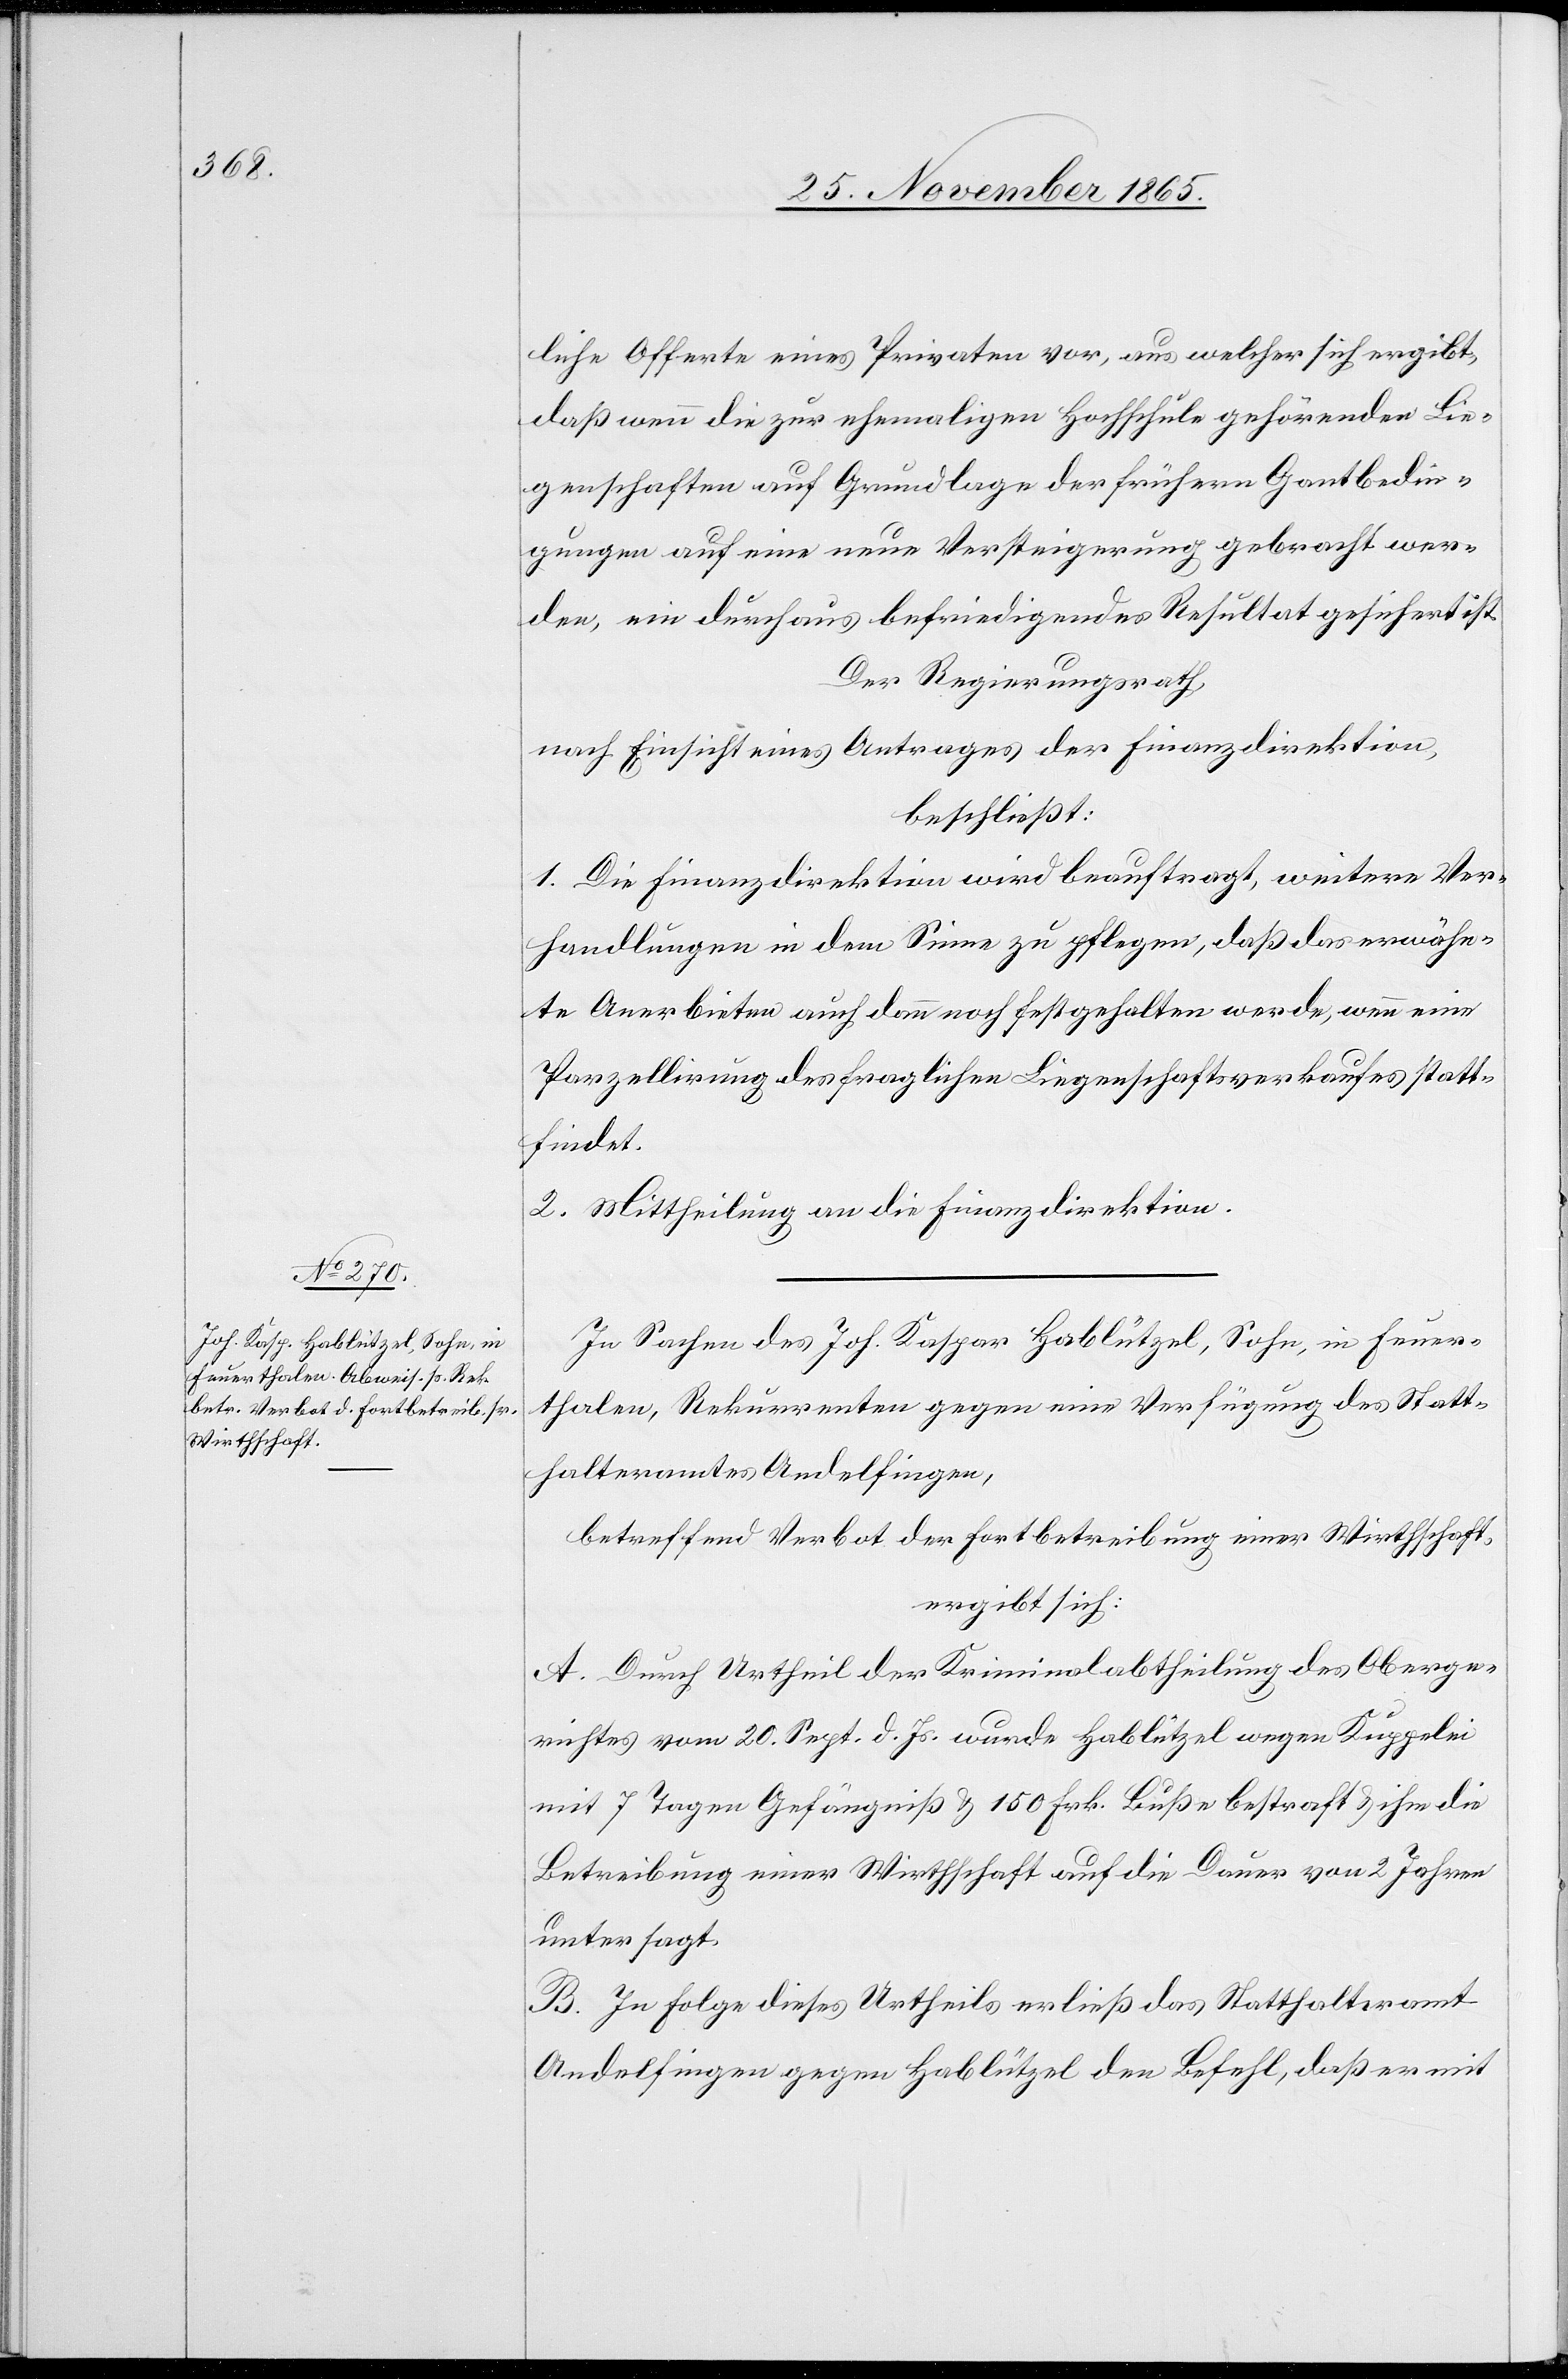
liche Offerte eines Privaten vor, aus welcher sich ergibt,
daß wenn die zur ehemaligen Hochschule gehörenden Lie¬
genschaften auf Grundlage der frühern Gantbedin¬
gungen auf eine neue Versteigerung gebracht wer¬
den, ein durchaus befriedigendes Resultat gesichert ist.
Der Regierungsrath,
nach Einsicht eines Antrages der Finanzdirektion,
beschließt:
1. Die Finanzdirektion wird beauftragt, weitere Ver¬
handlungen in dem Sinne zu pflegen, daß das erwähn¬
te Anerbieten auch dann noch festgehalten werde, wenn eine
Parzellirung des fraglichen Liegenschaftsverkaufs statt¬
findet.
2. Mittheilung an die Finanzdirektion.
In Sachen des Joh. Kaspar Hablützel, Sohn, in Feuer¬
thalen, Rekurrenten gegen eine Verfügung des Statt¬
halteramtes Andelfingen,
betreffend Verbot der Fortbetreibung einer Wirthschaft,
ergibt sich:
A. Durch Urtheil der Kriminalabtheilung des Oberge¬
richtes vom 20. Sept. d. Js. wurde Hablützel wegen Kuppelei
mit 7 Tagen Gefängniß & 150 Frk. Buße bestraft & ihm die
Betreibung einer Wirthschaft auf die Dauer von 2 Jahren
untersagt.
B. In Folge dieses Urtheils erließ das Statthalteramt
Andelfingen gegen Hablützel den Befehl, daß er mit